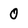
Character: 0